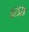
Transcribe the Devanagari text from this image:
०२५२९